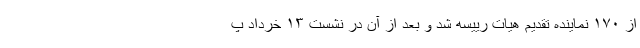
از ۱۷۰ نماینده تقدیم هیات رییسه شد و بعد از آن در نشست ۱۳ خرداد پ